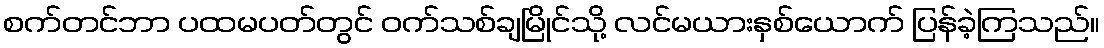
စက်တင်ဘာ ပထမပတ်တွင် ဝက်သစ်ချမြိုင်သို့ လင်မယားနှစ်ယောက် ပြန်ခဲ့ကြသည်။